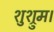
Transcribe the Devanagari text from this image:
शुश्रुम।